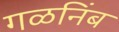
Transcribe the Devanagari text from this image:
गळनिंब